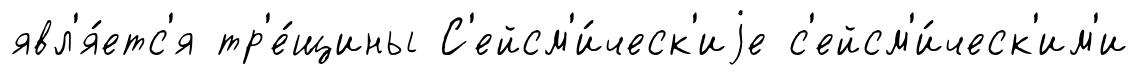
явл'я́етс'я тр'е́щины С'ейсм'и́ческ'иjе с'ейсм'и́ческ'им'и